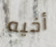
أخيه